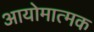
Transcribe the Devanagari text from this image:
आयोमात्मक